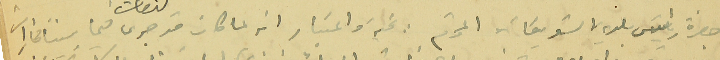
حضرة رئيس بلدية الشويفات المحترم : تحية واعتبار انه لما كان قد جرى فيما بيننا شجارات